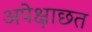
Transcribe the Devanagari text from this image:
अपेक्षाछत